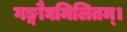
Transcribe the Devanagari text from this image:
गङ्गौघमिलितम्।